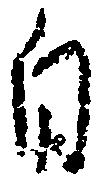
自